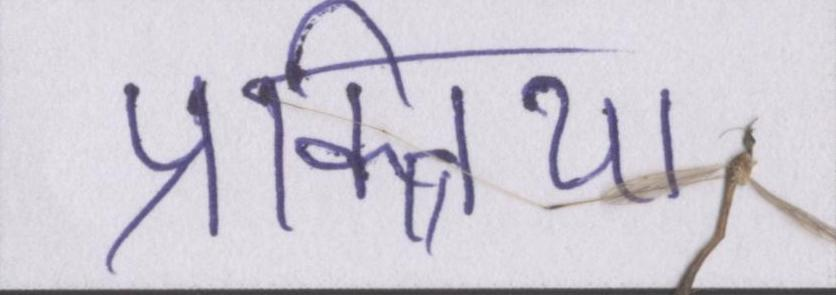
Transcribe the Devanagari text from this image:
प्रक्त्रिया